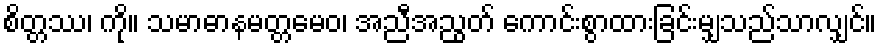
စိတ္တဿ၊ ကို။ သမာဓာနမတ္တမေဝ၊ အညီအညွတ် ကောင်းစွာထားခြင်းမျှသည်သာလျှင်။